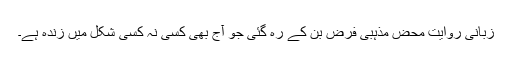
زبانی روایت محض مذہبی فرض بن کے رہ گئی جو آج بھی کسی نہ کسی شکل میں زندہ ہے۔